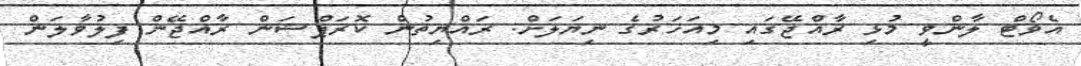
އެވޯޓް ލާންވީ މުޅި ރާއްޖޭގައި މިއަހަރުގެ ނިޔަލަށް. ރައްޔިތުން ކޮރަޕްޝަން ރާއްޖޭން ފިލުވާލަން